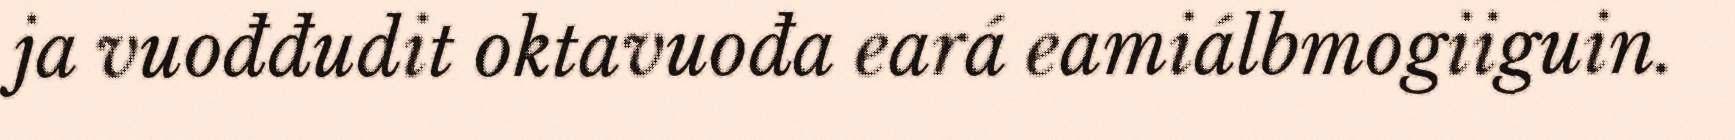
ja vuođđudit oktavuođa eará eamiálbmogiiguin.